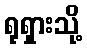
ရုရှားသို့